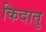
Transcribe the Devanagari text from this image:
किदातु